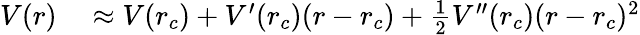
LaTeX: \begin{array}{rl}{V(r)}&{{}\approx V(r_{c})+V^{\prime}(r_{c})(r-r_{c})+\frac{1}{2}V^{\prime\prime}(r_{c})(r-r_{c})^{2}}\end{array}